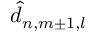
\hat { d } _ { n , m \pm 1 , l }